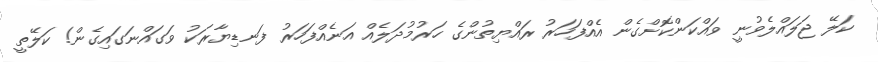
ކަލޭ ޖަލައްލެވުނީ ވައްކަންކޮށްގެން އެއްފަހަރު ރައްޔިތުންގެ ހަރުމުދަލެއް އަނެއްފަހަރު ފަނޑިޔާރަކު ވަގައްނަގައިގެން! ކަލޭތީ